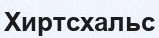
Хиртсхальс